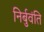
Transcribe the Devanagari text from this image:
निर्बुवंति